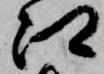
江